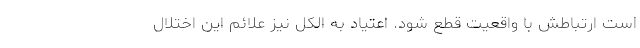
است ارتباطش با واقعیت قطع شود. اعتیاد به الکل نیز علائم این اختلال